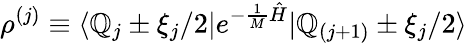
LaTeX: \rho^{(j)}\equiv\langle\mathbb{Q}_{j}\pm\xi_{j}/2|e^{-\frac{{1}}{{M}}{\hat{{H}}}}|\mathbb{Q}_{(j+1)}\pm\xi_{j}/2\rangle